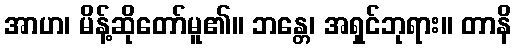
အာဟ၊ မိန့်ဆိုတော်မူ၏။ ဘန္တေ၊ အရှင်ဘုရား။ တာနိ